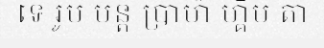
ទេ រូប មន្ត ប្រាម៉ា ហ្គឹប តា